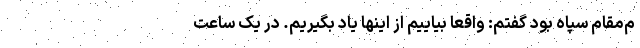
م‌مقام سپاه بود گفتم: واقعاً بیاییم از اینها یاد بگیریم. در یک ساعت